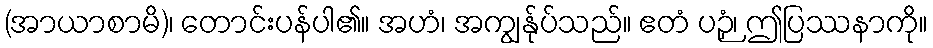
(အာယာစာမိ)၊ တောင်းပန်ပါ၏။ အဟံ၊ အကျွန်ုပ်သည်။ ဧတံ ပဉှံ၊ ဤပြဿနာကို။